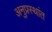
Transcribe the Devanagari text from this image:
अनुप्रस्थांत